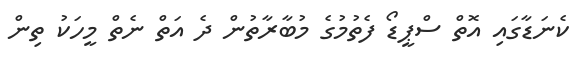
ކެނަޑާގައި އޮތް ސްޕީޑޯ ފެތުމުގެ މުބާރާތުން ދެ އަތް ނެތް މީހަކު ތިން